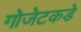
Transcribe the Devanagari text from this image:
गोजेटकडे